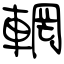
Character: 輞